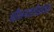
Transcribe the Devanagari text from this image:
श्रीभगवतीस्तोत्रम्